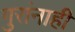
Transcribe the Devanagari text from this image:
गुरांनाही